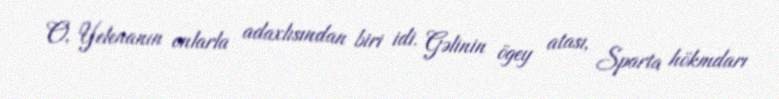
O, Yelenanın onlarla adaxlısından biri idi. Gəlinin ögey atası, Sparta hökmdarı